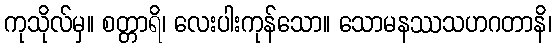
ကုသိုလ်မှ။ စတ္တာရိ၊ လေးပါးကုန်သော။ သောမနဿသဟဂတာနိ၊